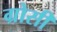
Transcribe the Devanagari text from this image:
ग्रोसी